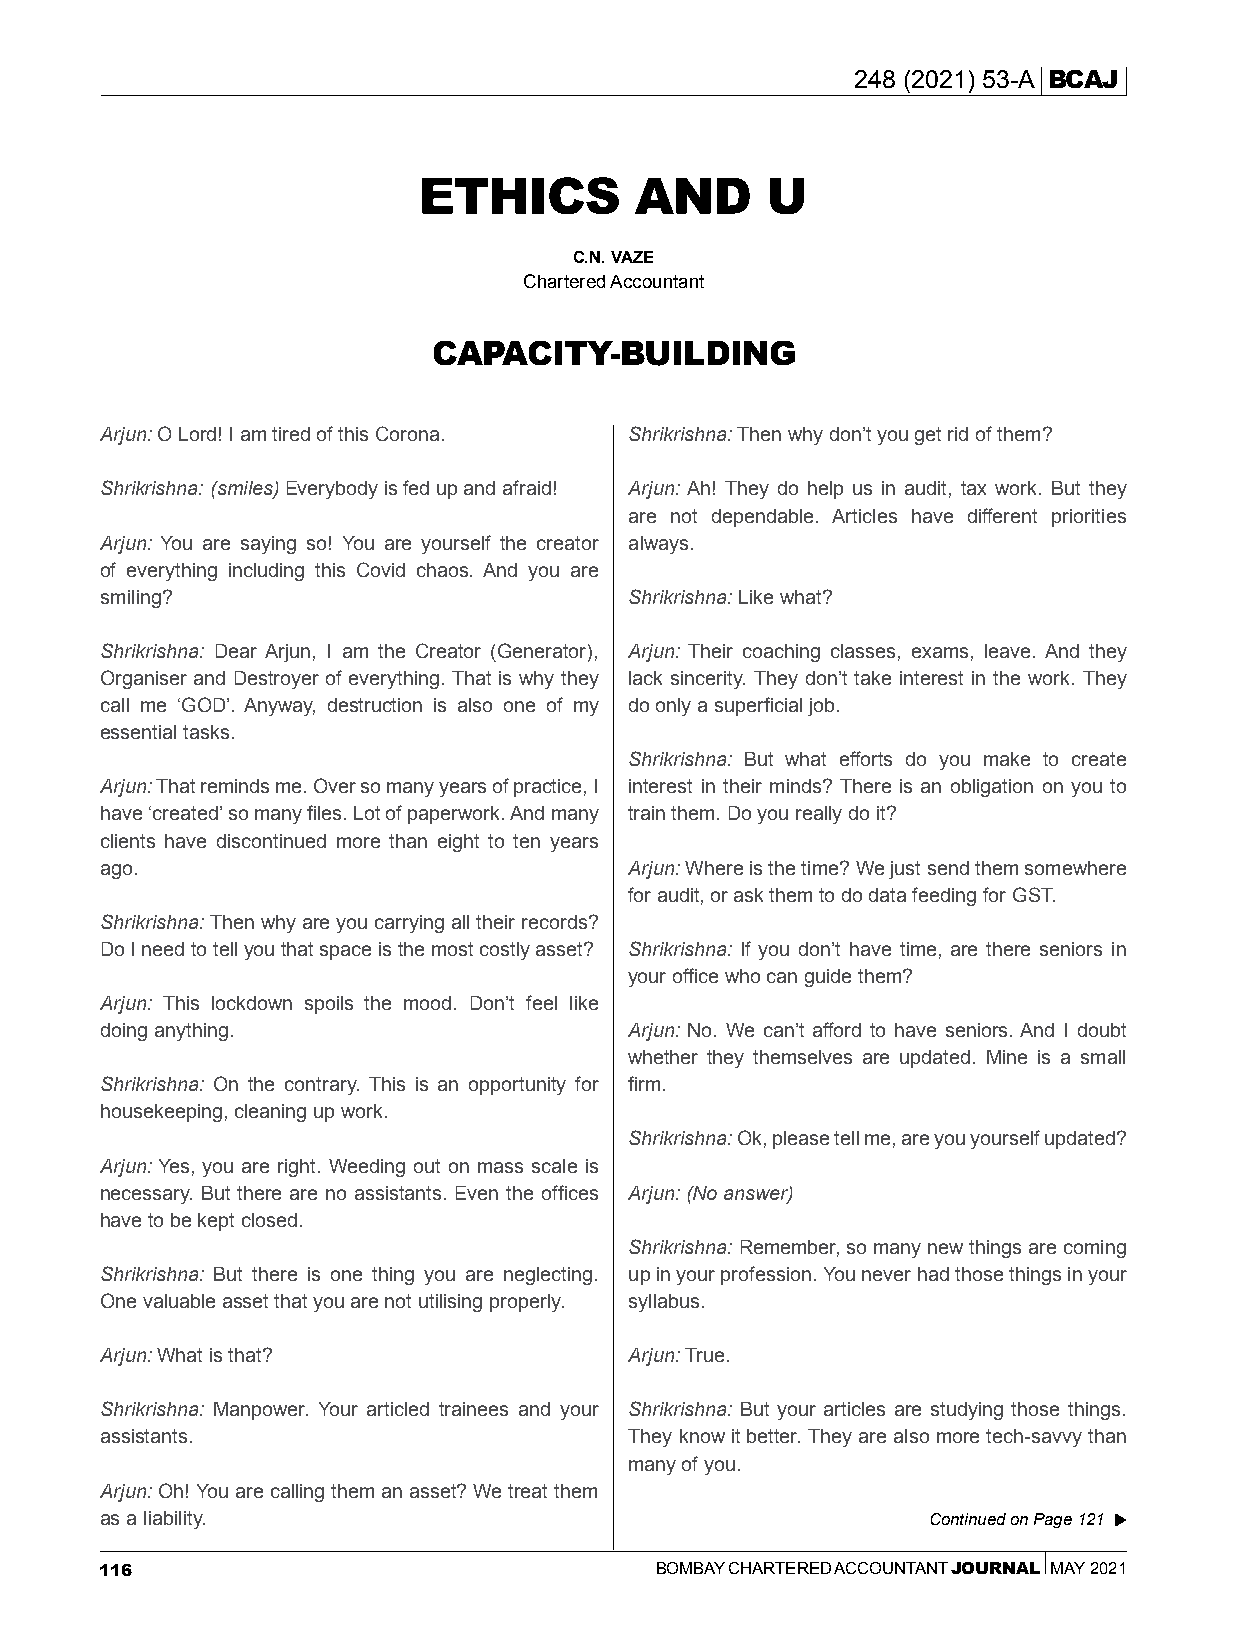
248 (2021) 53-A BCAJ
 ETHICS        AND      U
 C.N. VAZE
 Chartered Accountant
 CAPACITY-BUILDING
 Arjun: O Lord! I am tired of this Corona. Shrikrishna: Then why don’t you get rid of them?
 Shrikrishna: (smiles) Everybody is fed up and afraid! Arjun: Ah! They do help us in audit, tax work. But they
 are not dependable. Articles have different priorities
 Arjun: You are saying so! You are yourself the creator always.
 of everything including this Covid chaos. And you are
 smiling?                           Shrikrishna: Like what?
 Shrikrishna: Dear Arjun, I am the Creator (Generator), Arjun: Their coaching classes, exams, leave. And they
 Organiser and Destroyer of everything. That is why they lack sincerity. They don’t take interest in the work. They
 call me ‘GOD’. Anyway, destruction is also one of my do only a superficial job.
 essential tasks.
 Shrikrishna: But what efforts do you make to create
 Arjun: That reminds me. Over so many years of practice, I interest in their minds? There is an obligation on you to
 have ‘created’ so many files. Lot of paperwork. And many train them. Do you really do it?
 clients have discontinued more than eight to ten years
 ago.                               Arjun: Where is the time? We just send them somewhere
 for audit, or ask them to do data feeding for GST.
 Shrikrishna: Then why are you carrying all their records?
 Do I need to tell you that space is the most costly asset? Shrikrishna: If you don’t have time, are there seniors in
 your office who can guide them?
 Arjun: This lockdown spoils the mood. Don’t feel like
 doing anything.                    Arjun: No. We can’t afford to have seniors. And I doubt
 whether they themselves are updated. Mine is a small
 Shrikrishna: On the contrary. This is an opportunity for firm.
 housekeeping, cleaning up work.
 Shrikrishna: Ok, please tell me, are you yourself updated?
 Arjun: Yes, you are right. Weeding out on mass scale is
 necessary. But there are no assistants. Even the offices Arjun: (No answer)
 have to be kept closed.
 Shrikrishna: Remember, so many new things are coming
 Shrikrishna: But there is one thing you are neglecting. up in your profession. You never had those things in your
 One valuable asset that you are not utilising properly. syllabus.
 Arjun: What is that?               Arjun: True.
 Shrikrishna: Manpower. Your articled trainees and your Shrikrishna: But your articles are studying those things.
 assistants.                        They know it better. They are also more tech-savvy than
 many of you.
 Arjun: Oh! You are calling them an asset? We treat them
 as a liability.                                        Continued on Page 121
 116                                 BOMBAY CHARTERED ACCOUNTANT JOURNAL MAY 2021